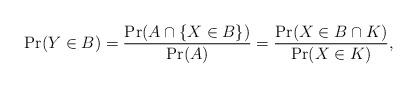
LaTeX: \begin{align*}\Pr(Y\in B)=\frac{\Pr(A\cap\{X\in B\})}{\Pr(A)}=\frac{\Pr(X\in B\cap K)}{\Pr(X\in K)}, \end{align*}